Aleksander_Warma, lk 27
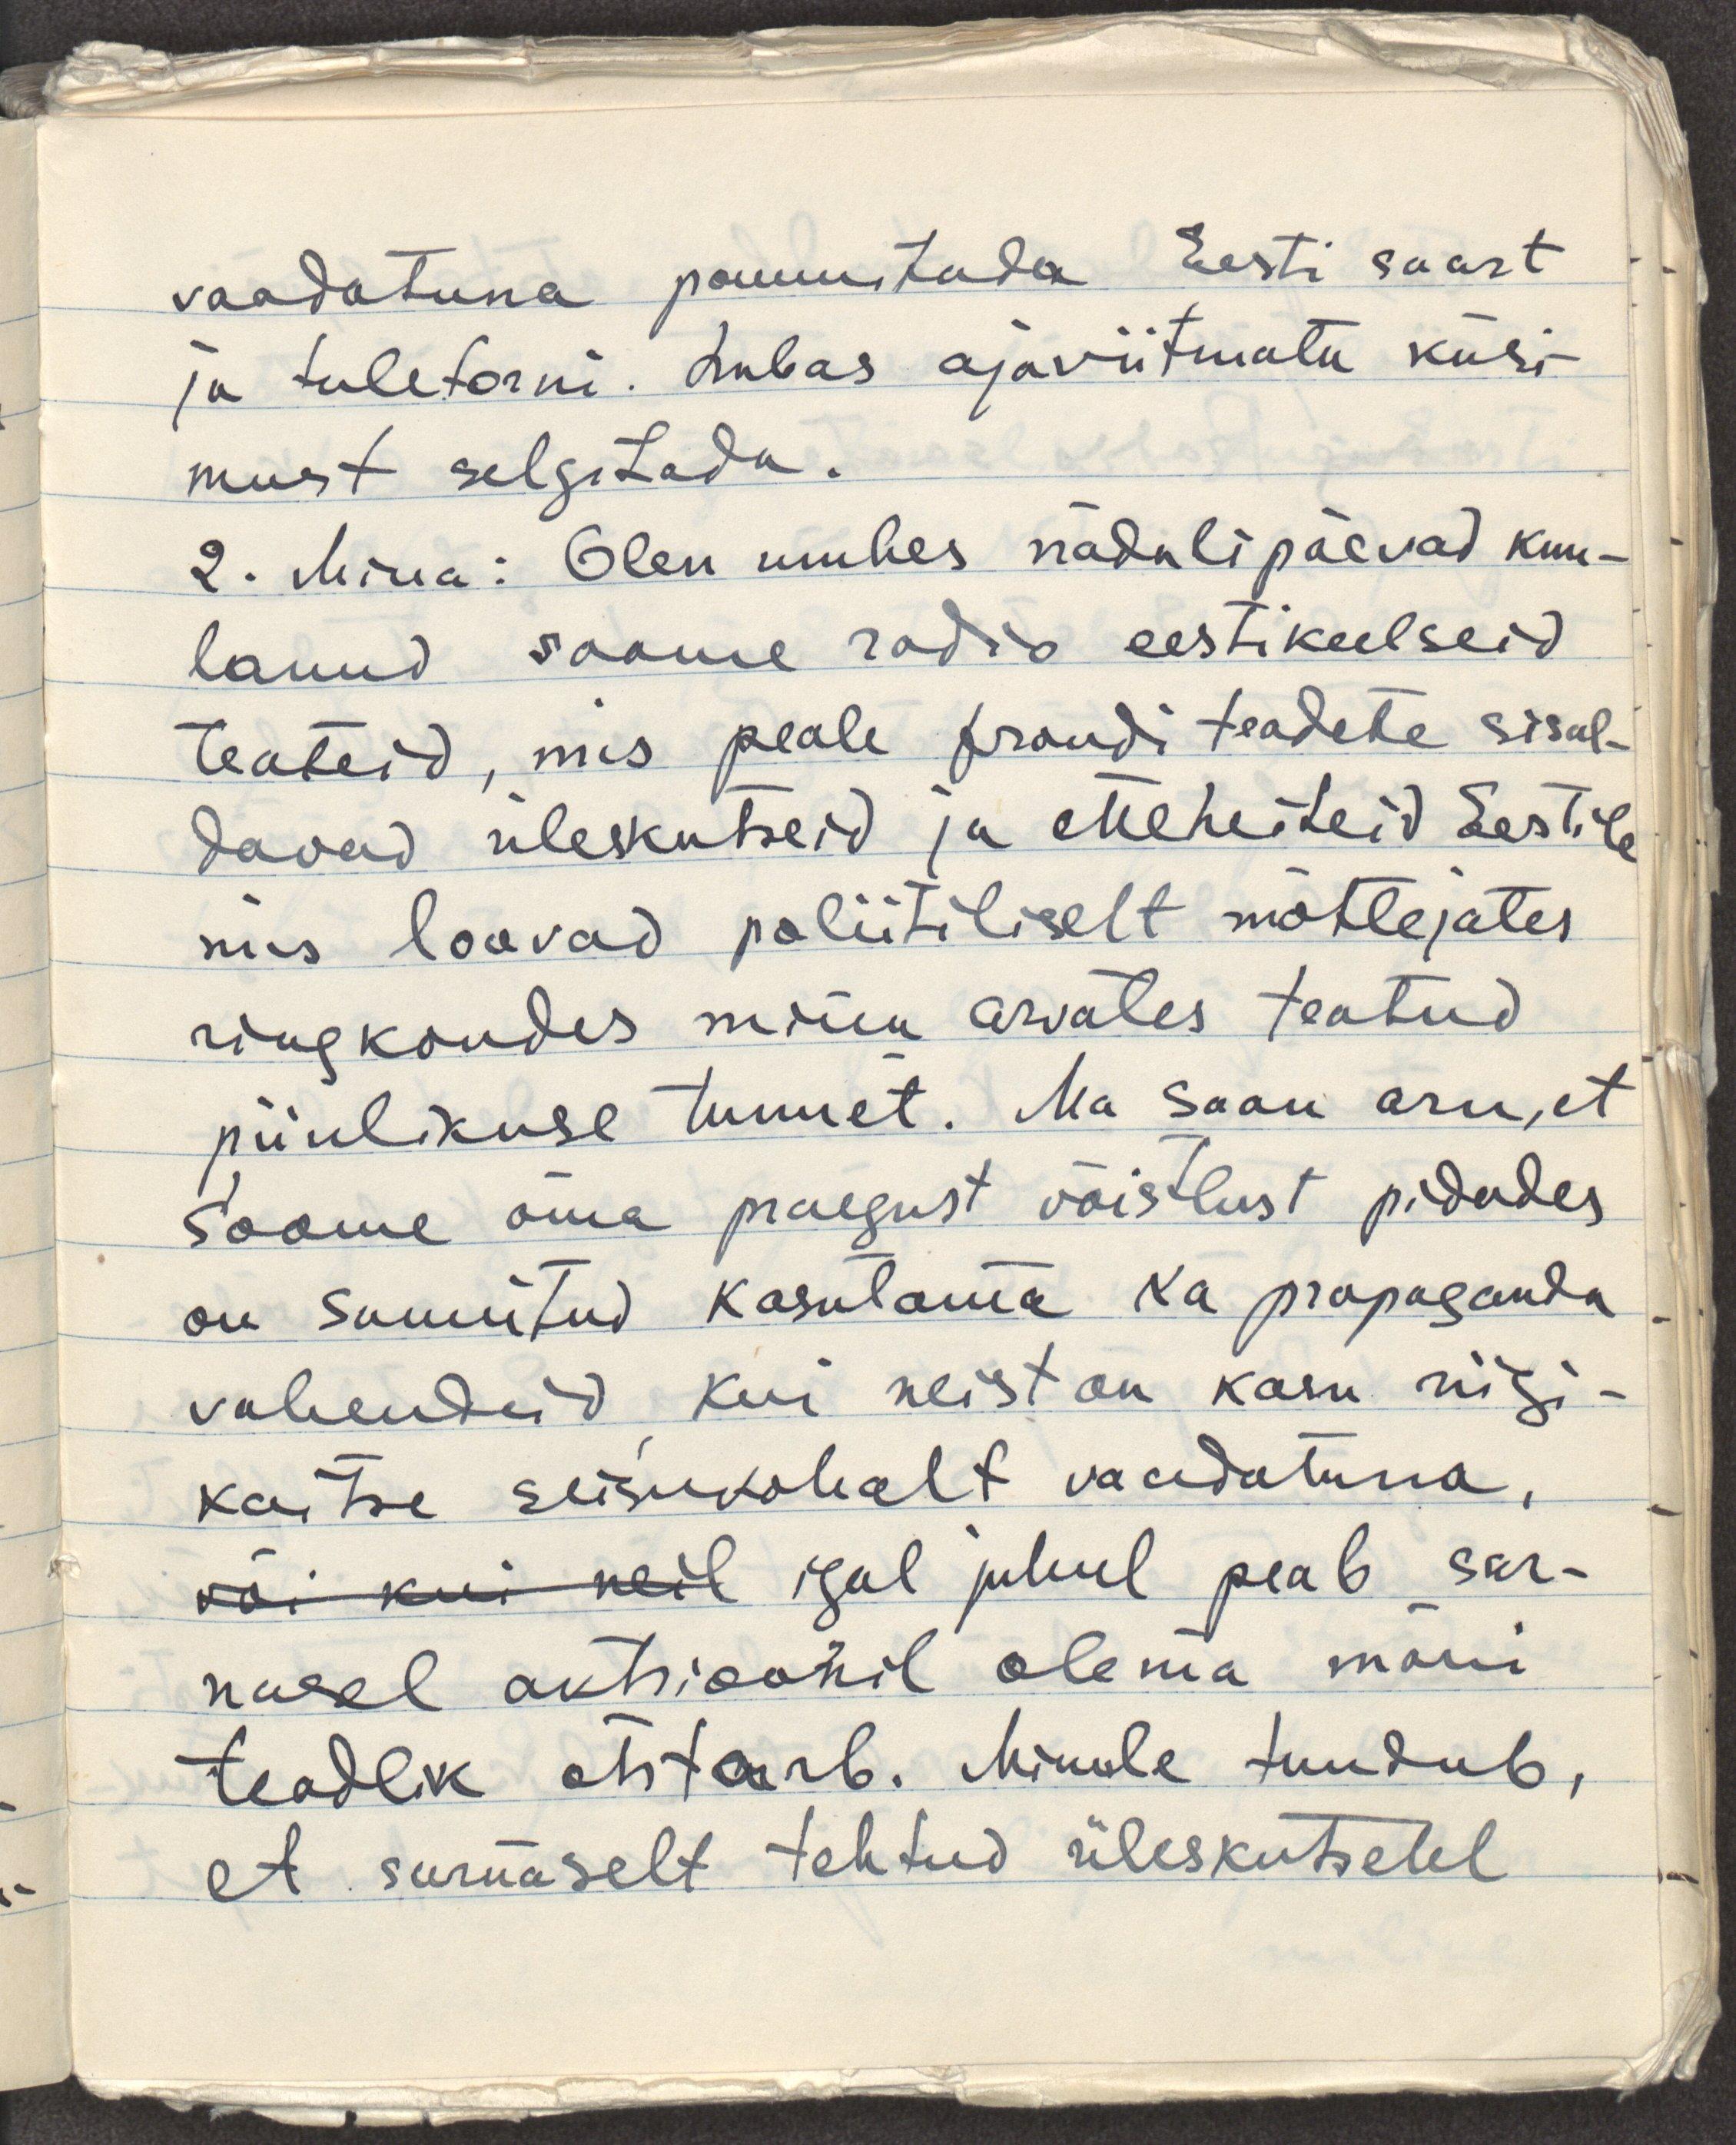
vaadatuna pommitada Eesti saart
ja tuletorni. Lubas ajaviitmata küsi-
must selgitada.
2. Mina: Olen umbes nädalipäevad kuu-
lanud Soome radio eestikeelseid
teateid, mis peale frondi teadete sisal-
davad üleskutseid ja etteheiteid Eestile
mis loovad poliitiliselt mõtlejates
ringkondes minu arvates teatud
piinlikuse tunnet. Ma saan aru, et
Soome oma praegust võistlust pidades
on sunnitud kasutama ka propaganda
vahendeid, kui neist on kasu riigi-
kaitse seisukohalt vaadatuna,
või kui neil igal juhul peab sar-
nasel aktsioonil olema mõni
teadlik otstarb. Minule tundub,
et sarnaselt tehtud üleskutsetel